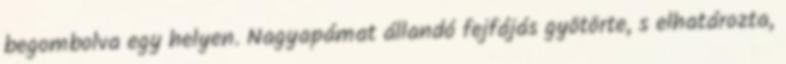
begombolva egy helyen. Nagyapámat állandó fejfájás gyötörte, s elhatározta,